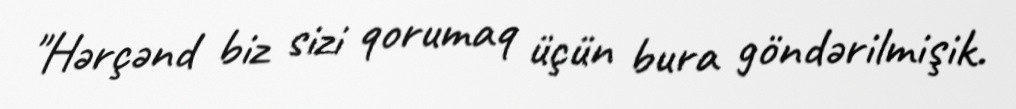
"Hərçənd biz sizi qorumaq üçün bura göndərilmişik.